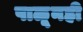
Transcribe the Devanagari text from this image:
पाळूनही